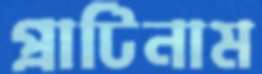
প্রাটিনাম